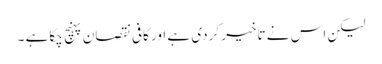
لیکن اس نے تاخیر کردی ہے اور کافی نقصان پہنچ چکاہے ۔